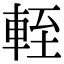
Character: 輊